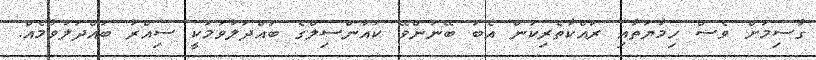
ގާސިމަށް ވެސް ހިމާޔަތާއި ރައްކާތެރިކަން އެބަ ބޭނުންވޭ ކައުންސިލްގެ ބައްދަލުވުމަކީ ސިއްރު ބައްދަލުވުމެއް.